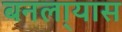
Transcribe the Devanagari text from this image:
बनला्यास